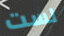
لست